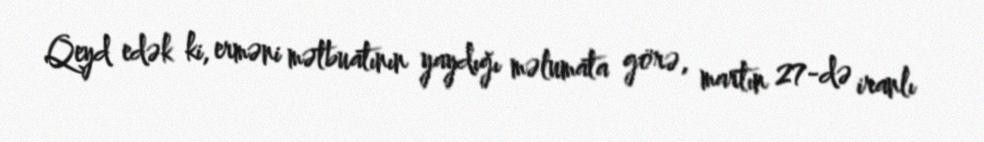
Qeyd edək ki, erməni mətbuatının yaydığı məlumata görə, martın 27-də iranlı